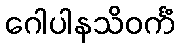
ဂေါပါနသိဝင်္ကံ